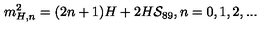
m _ { H , n } ^ { 2 } = ( 2 n + 1 ) H + 2 H { \cal S } _ { 8 9 } , n = 0 , 1 , 2 , . . .